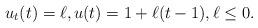
LaTeX: \begin{align*} u_t(t) = \ell, u(t) = 1 + \ell ( t - 1 ), \ell \le 0. \end{align*}